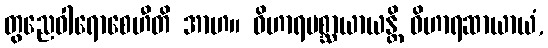
တွညေဝါရောစေဟီတိ အာဟ။ ဝိဟာရပစ္ဆာယာယန္တိ ဝိဟာရဆာယာယံ,